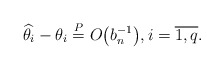
\begin{gather*}\widehat{\theta}_i - \theta_i \overset{P} = O\bigl(b_n^{-1}\bigr), i=\overline{1,q} .\end{gather*}